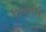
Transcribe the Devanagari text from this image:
निवृत्तीने